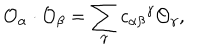
{ \cal O } _ { \alpha } \cdot { \cal O } _ { \beta } = \sum _ { \gamma } { c _ { \alpha \beta } } ^ { \gamma } { \cal O } _ { \gamma } ,